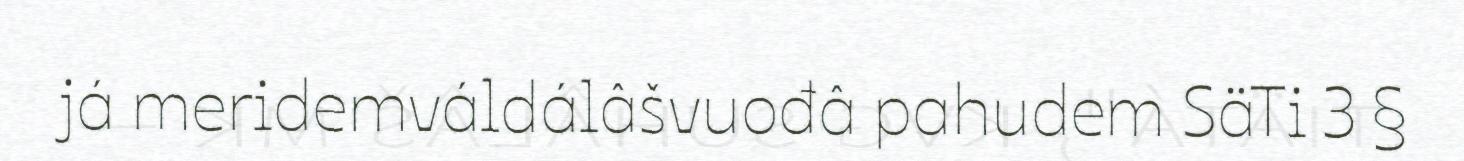
já meridemváldálâšvuođâ pahudem SäTi 3 §